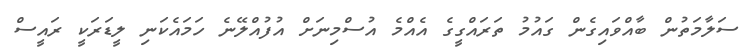
ސަލާމަތުން ބާއްވައިގެން ގައުމު ތަރައްގީގެ އެއްމެ އުސްމިނަށް އުފުއްލޭނެ ހަމައެކަނި ލީޑަރަކީ ރައީސް